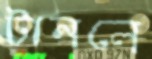
টানলে